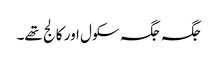
جگہ جگہ سکول اور کالج تھے۔